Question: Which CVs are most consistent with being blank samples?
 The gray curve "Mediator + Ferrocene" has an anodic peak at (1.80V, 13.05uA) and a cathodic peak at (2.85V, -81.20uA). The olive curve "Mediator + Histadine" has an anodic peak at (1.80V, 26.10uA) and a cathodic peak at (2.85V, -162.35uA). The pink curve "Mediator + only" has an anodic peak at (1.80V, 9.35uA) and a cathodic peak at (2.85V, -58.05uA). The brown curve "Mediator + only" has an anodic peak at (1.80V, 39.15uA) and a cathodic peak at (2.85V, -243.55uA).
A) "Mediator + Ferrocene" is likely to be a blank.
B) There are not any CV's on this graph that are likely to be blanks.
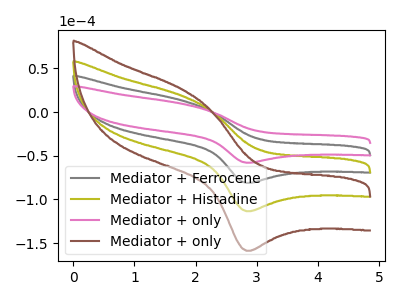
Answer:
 <answer>B) There are not any CV's on this graph that are likely to be blanks.</answer>
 <eval>B</eval>